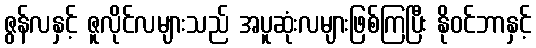
ဇွန်လနှင့် ဇူလိုင်လများသည် အပူဆုံးလများဖြစ်ကြပြီး နိုဝင်ဘာနှင့်